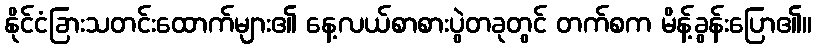
နိုင်ငံခြားသတင်းထောက်များ၏ နေ့လယ်စာစားပွဲတခုတွင် တက်စက မိန့်ခွန်းပြော၏။